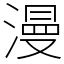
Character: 漫